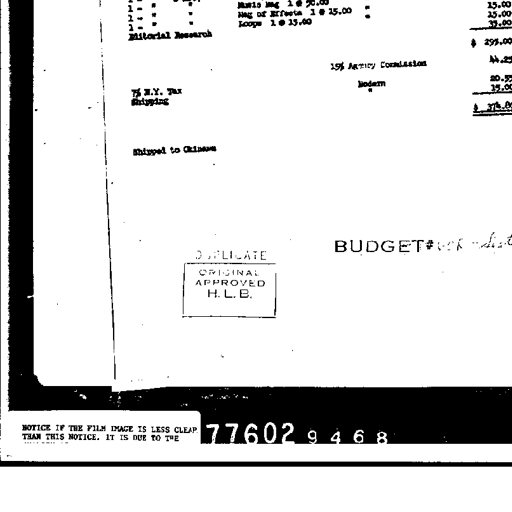
1 " " " Music Mag 1 @ 50.00 15.00
1 " " " Mag of Effects 1 @ 15.00 15.00
1 " " " Loops 1 @ 15.00 15.00
Editorial Research
$ 295.00
15% Agency Commission 44.25
7% N.Y. Tax Modern 20.55
Shipping " 15.00
$ 374.80
Shipped to Okinawa
DUPLICATE
ORIGINAL
APPROVED
H. L. B.
BUDGET # 68-142
NOTICE IF THE FILM IMAGE IS LESS CLEAR
THAN THIS NOTICE. IT IS DUE TO THE
77602 9 4 6 8